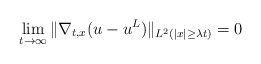
\begin{align*}\lim_{t\to\infty}\|\nabla_{t,x}(u-u^L)\|_{L^2(|x|\ge\lambda t)}=0\end{align*}